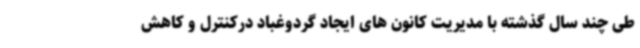
طی چند سال گذشته با مدیریت کانون های ایجاد گردوغباد درکنترل و کاهش